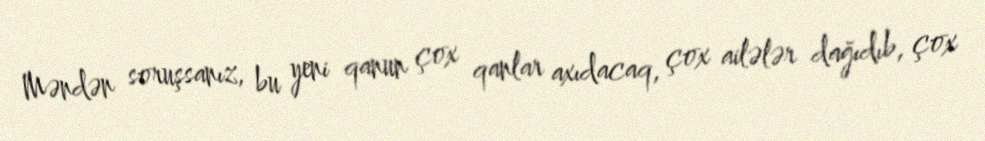
Məndən soruşsanız, bu yeni qanun çox qanlar axıdacaq, çox ailələr dağıdıb, çox